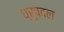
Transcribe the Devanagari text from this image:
ध्रुपदल